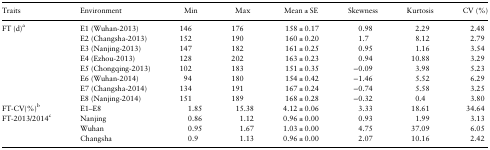
| Traits | Environment | Min | Max | Mean ± SE | Skewness | Kurtosis | CV (%) |
 | --- | --- | --- | --- | --- | --- | --- | --- |
 | <ROWSPAN=8> FT (d)a | E1 (Wuhan-2013) | 146 | 176 | 158 ± 0.17 | 0.98 | 2.29 | 2.48 |
 | E2 (Changsha-2013) | 152 | 190 | 160 ± 0.20 | 1.7 | 8.12 | 2.79 |
 | E3 (Nanjing-2013) | 147 | 182 | 161 ± 0.25 | 0.95 | 1.16 | 3.54 |
 | E4 (Ezhou-2013) | 128 | 202 | 163 ± 0.23 | 0.94 | 10.88 | 3.29 |
 | E5 (Chongqing-2013) | 102 | 183 | 151 ± 0.35 | −0.09 | 3.98 | 5.23 |
 | E6 (Wuhan-2014) | 94 | 180 | 154 ± 0.42 | −1.46 | 5.52 | 6.29 |
 | E7 (Changsha-2014) | 134 | 191 | 167 ± 0.24 | −0.74 | 5.58 | 3.25 |
 | E8 (Nanjing-2014) | 151 | 189 | 168 ± 0.28 | −0.32 | 0.4 | 3.80 |
 | FT-CV(%)b | E1–E8 | 1.85 | 15.38 | 4.12 ± 0.06 | 3.33 | 18.61 | 34.64 |
 | <ROWSPAN=3> FT-2013/2014c | Nanjing | 0.86 | 1.12 | 0.96 ± 0.00 | 0.93 | 1.99 | 3.13 |
 | Wuhan | 0.95 | 1.67 | 1.03 ± 0.00 | 4.75 | 37.09 | 6.05 |
 | Changsha | 0.9 | 1.13 | 0.96 ± 0.00 | 2.07 | 10.16 | 2.42 |